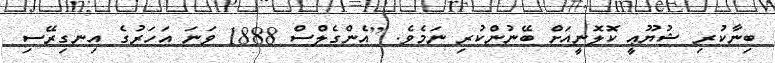
ބިނާކުރި ޝުޔޫޢީ ކޮލޮނީއަށް ބޭނުންކުރި ނަމެވެ. [އެންގެލްސް 1888 ވަނަ އަހަރުގެ އިނގިރޭސި